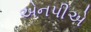
એનપીએ